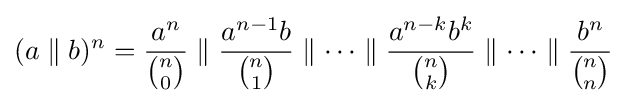
(a\parallel b)^{n}={\frac {a^{n}}{\binom {n}{0}}}\parallel {\frac {a^{n-1}b}{\binom {n}{1}}}\parallel \cdots \parallel {\frac {a^{n-k}b^{k}}{\binom {n}{k}}}\parallel \cdots \parallel {\frac {b^{n}}{\binom {n}{n}}}